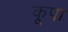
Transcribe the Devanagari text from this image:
कूपा